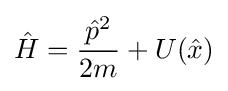
{\hat {H}}={\frac {{\hat {p}}^{2}}{2m}}+U({\hat {x}})